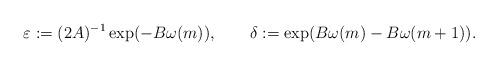
LaTeX: \begin{align*} \varepsilon:=(2A)^{-1}\exp(-B\omega(m)),\quad\quad\delta:=\exp(B\omega(m)-B\omega(m+1)).\end{align*}